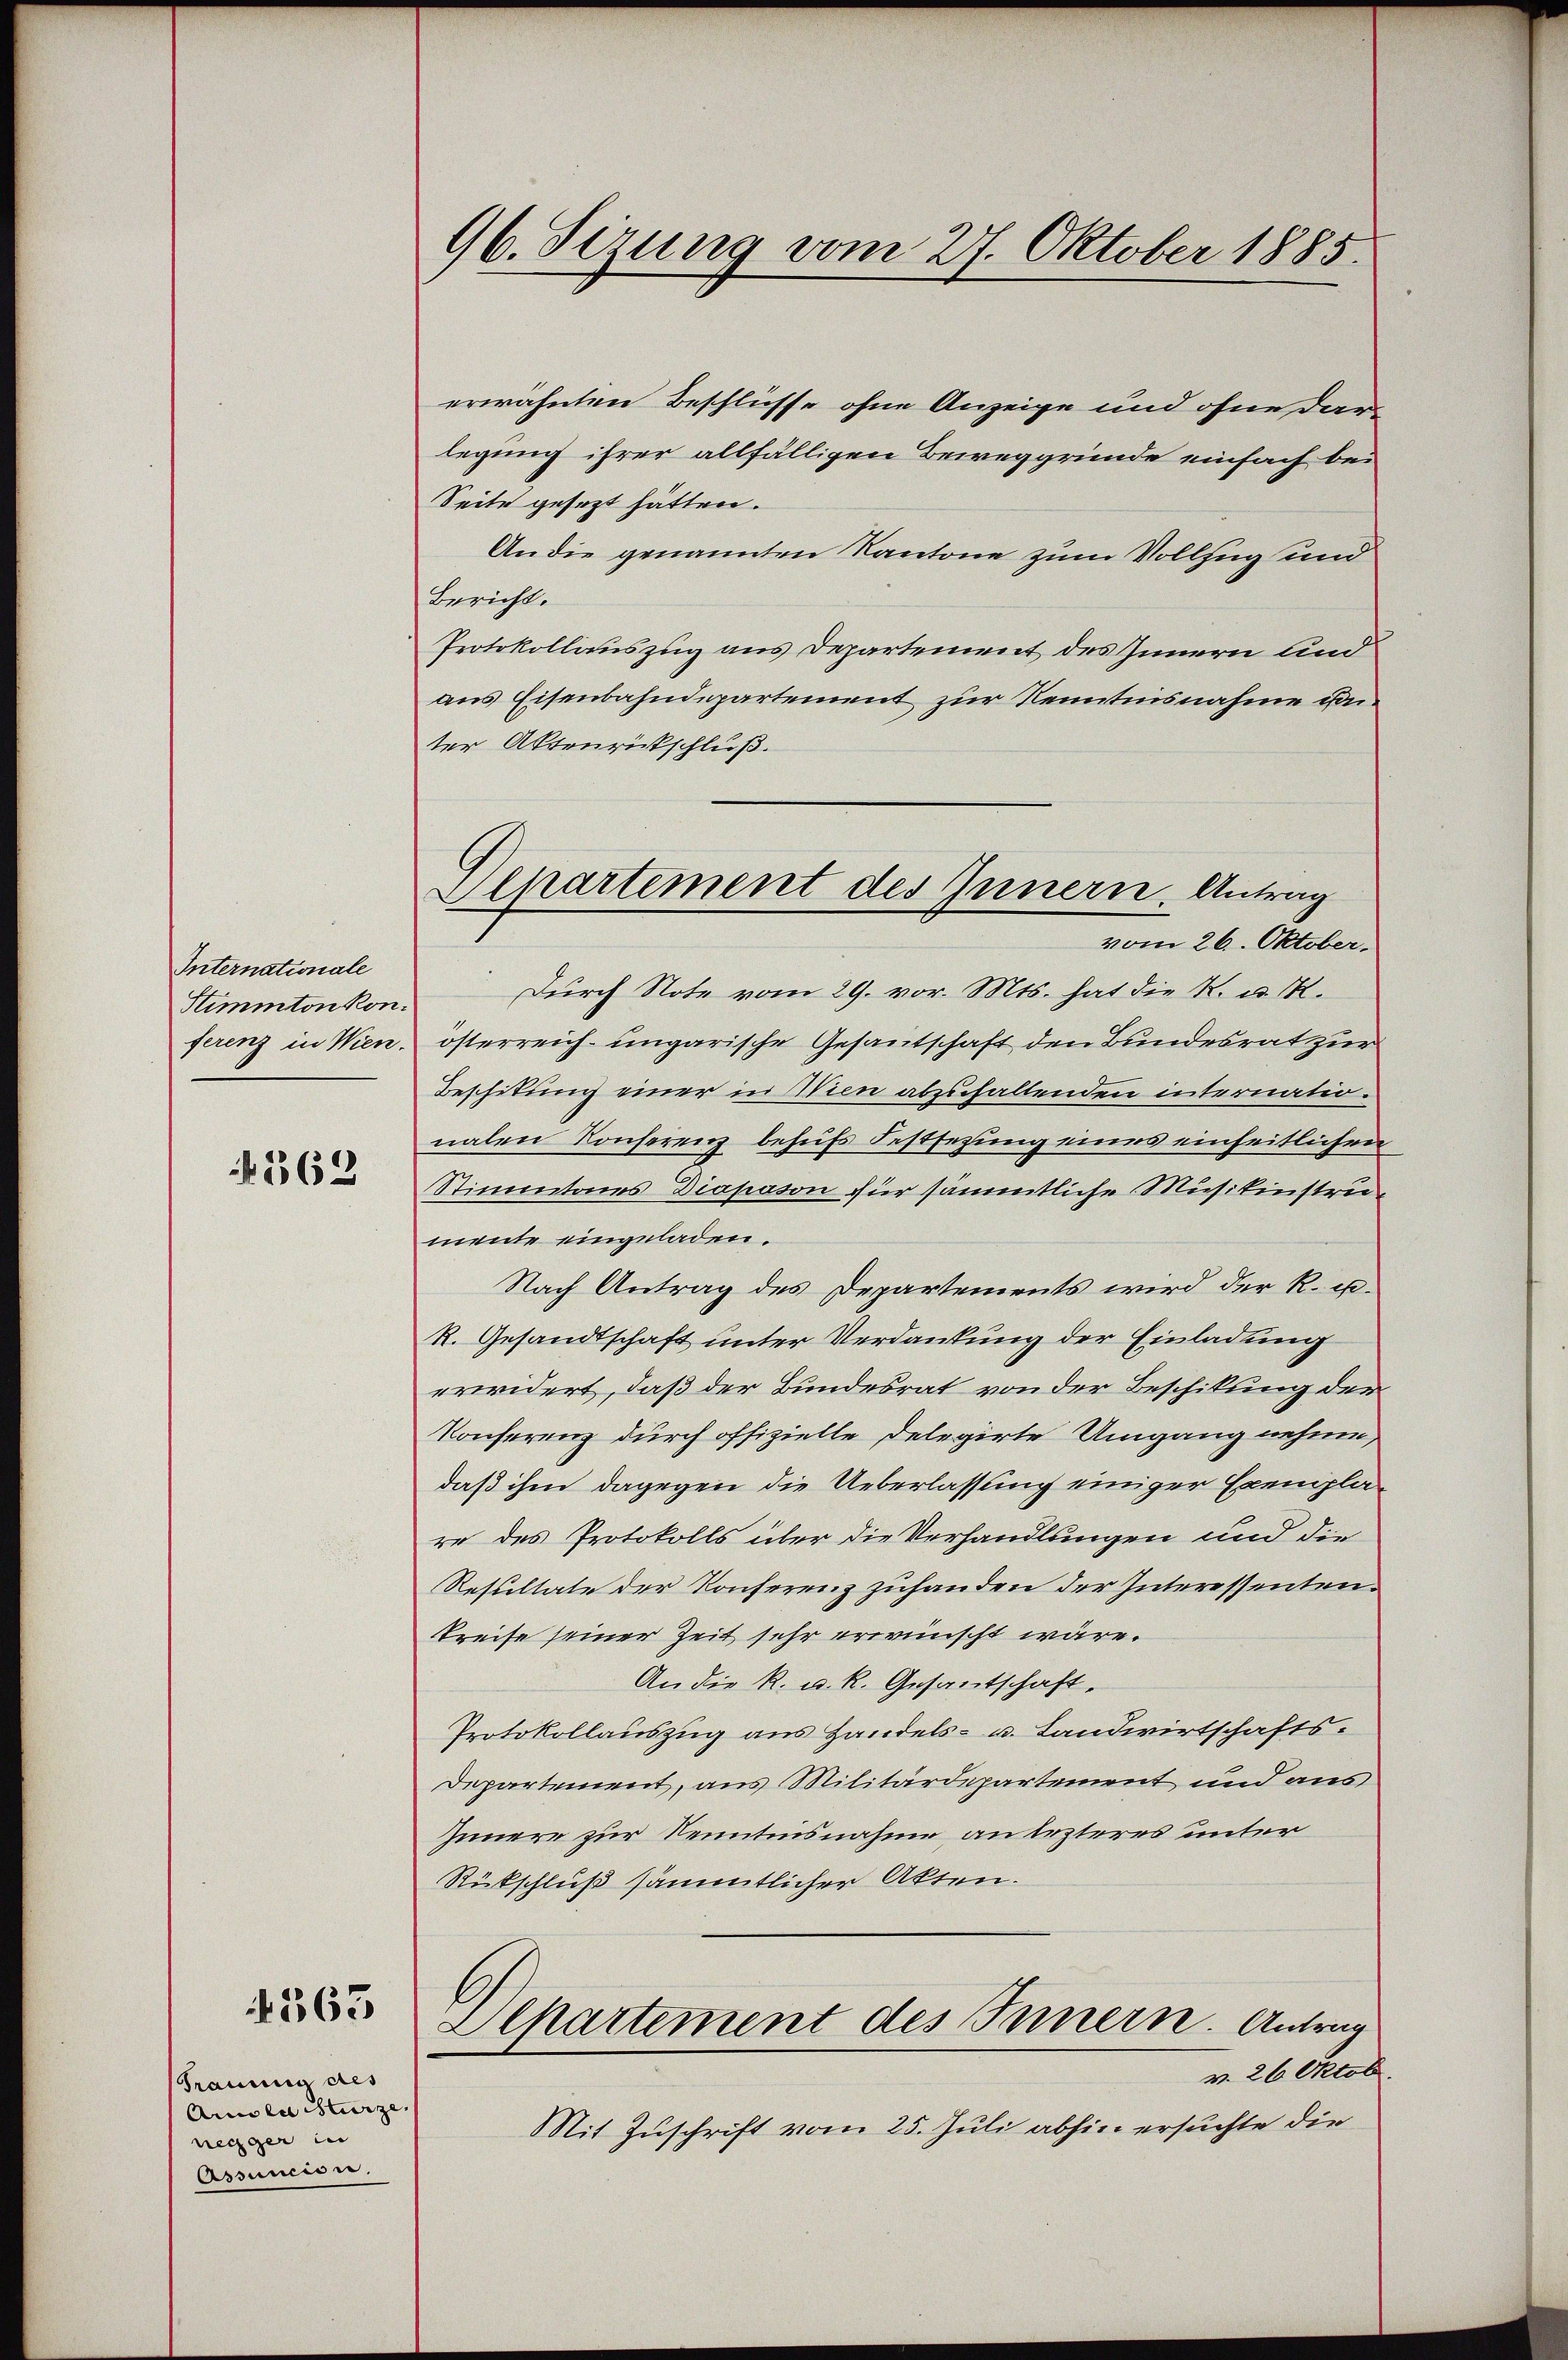
Internationale
Stimmton konferenz in Wien.

N 569

463

Trauung des
Aula Sturze
negger in
Assuncion.

96. Sizung vom 27. Oktober 1885.

erwähnten Beschlüsse ohne Anzeige und ohne dan
legung ihrer allfälligen Beweggründe einfach bei
Seite gesezt hätten.
An die genannten Kantone zum Vollzug und
Bericht.
Protokollauszug aus Departement des Innern und
aus Eisenbahndepartement zur Kenntnisnahme unter Aktenrückschluß.
Durch Note vom 29. vor. Mts. hat die K. u. M.
österreich-ungarische Gesantschaft den Bundesrat zur
Beschikung einer in Wien abzufallenden internationalen Konferenz behufs Festsezung eines einheitlichen
Stimmtenes Diapason für sämmtliche Musikinstruimente eingeladen.
Nach Antrag des Departements wird der R. u.
R. Gesandtschaft unter Verdankung der Einladung
erwidert, daß der Bundesrat von der Beschikung der
Konferenz durch offizielle Delegirte Umgang nehme,
daß ihm dagegen die Ueberlassung einiger Exemplare des Protokolls über die Verhandlungen und die
Resultate der Konferenz zuhanden der Interessenten¬
Preise seiner Zeit sehr erwünscht wäre.
An die K. u. k. Gesantschaft.
Protokollauszug aus Handels- u. Landwirtschafts¬
Departement, aus Militärdepartement und aus
Innere zur Kenntnisnahme an lezteres unter
Rückschluß sämmtlicher Akten.
Aepartement des Innern. Antrag
v. 26 Oktob.
Mit Zuschrift vom 25. Juli abhin ersuchte die

Alpartement des Innern, Antrag
vom 26. Oktober.